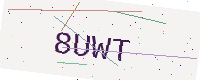
Text: 8UWT